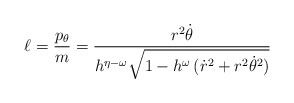
\begin{align*}\ell = \frac{p_{\theta}}{m} = \frac{r^2 \dot{\theta}}{ h^{\eta -\omega} \sqrt{1 - h^\omega \, (\dot{r}^2 + r^2 \dot{\theta}^2)}}\end{align*}